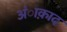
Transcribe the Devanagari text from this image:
अंाक़ाद